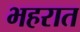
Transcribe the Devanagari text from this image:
भहरात